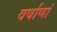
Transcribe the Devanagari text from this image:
वर्षाणां